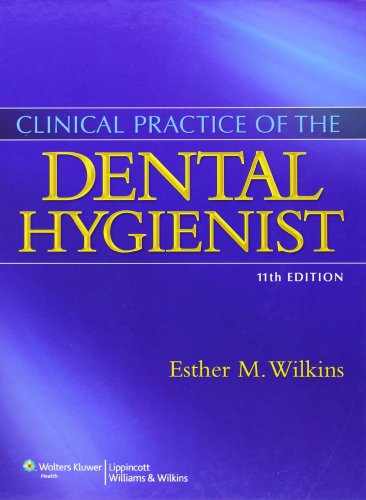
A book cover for Clinical Practice of the Dental Hygienist, 11th Edition: Text and Student Workbook Package; Esther M. Wilkins BS  RDH  DMD; Medical Books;